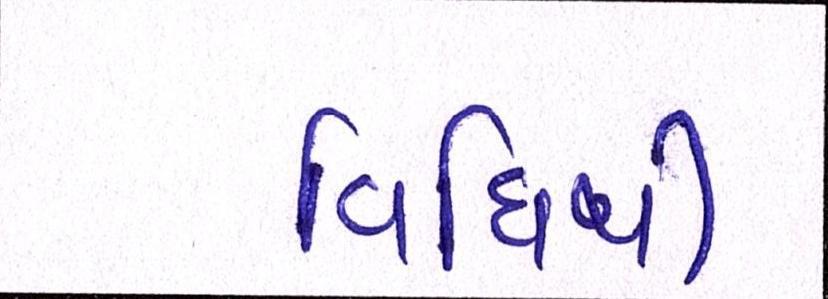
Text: વિધિથી